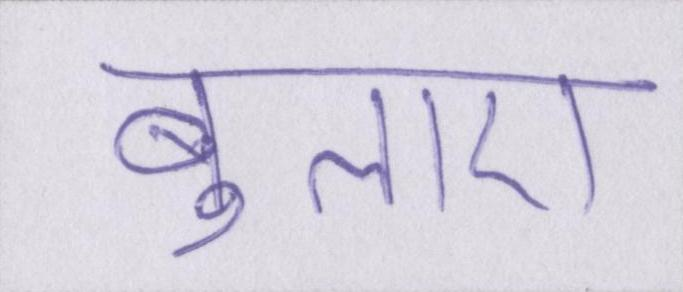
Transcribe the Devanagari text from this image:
बुलाए